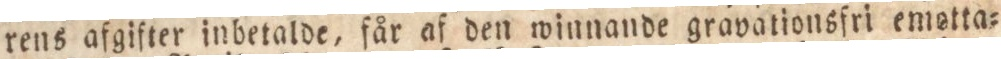
rens afgifter inbetalde, får af den winnande gravationsfri emotta=